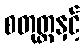
စတုတ္ထနှင့်